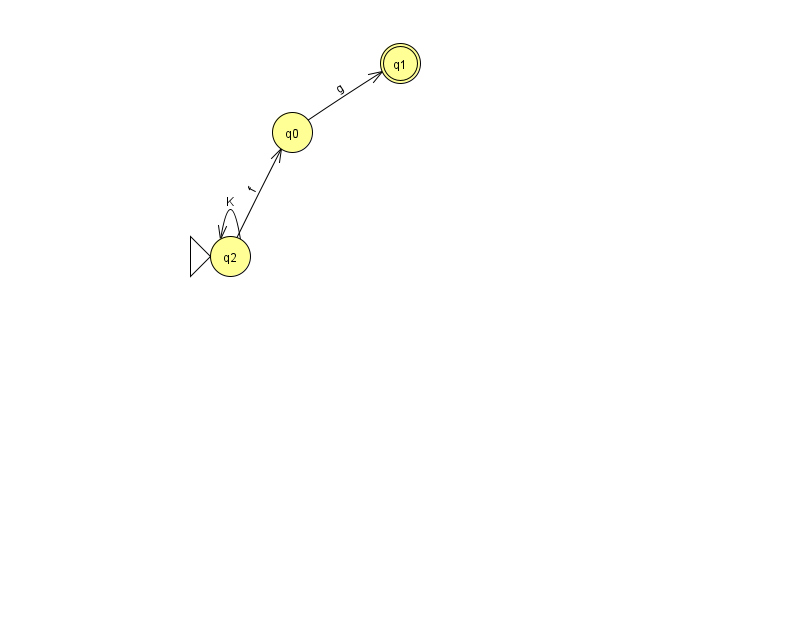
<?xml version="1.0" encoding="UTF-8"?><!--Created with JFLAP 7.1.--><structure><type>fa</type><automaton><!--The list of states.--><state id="0" name="q0"><x>292.0</x><y>119.0</y></state><state id="1" name="q1"><x>400.0</x><y>50.0</y><final/></state><state id="2" name="q2"><x>230.0</x><y>243.0</y><initial/></state><!--The list of transitions.--><transition><from>2</from><to>0</to><read>f</read></transition><transition><from>0</from><to>1</to><read>g</read></transition><transition><from>2</from><to>2</to><read>K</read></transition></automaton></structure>